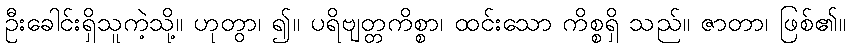
ဦးခေါင်းရှိသူကဲ့သို့။ ဟုတွာ၊ ၍။ ပရိဗျတ္တကိစ္စာ၊ ထင်းသော ကိစ္စရှိ သည်။ ဇာတာ၊ ဖြစ်၏။